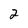
Character: 2